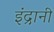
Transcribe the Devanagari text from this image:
इंद्रानी